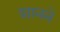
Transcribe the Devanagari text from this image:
शानने